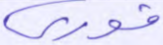
فوري